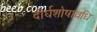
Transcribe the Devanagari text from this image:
दीर्घशोषावधि